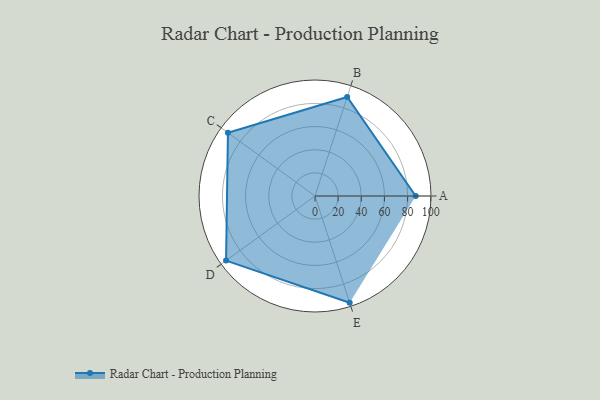
{"axis": {"x": "Skill", "y": "Score"}, "legend": ["Profile"], "data": [{"x": "A", "y": 87.0, "type": "Profile"}, {"x": "B", "y": 90.0, "type": "Profile"}, {"x": "C", "y": 93.0, "type": "Profile"}, {"x": "D", "y": 95.0, "type": "Profile"}, {"x": "E", "y": 97.0, "type": "Profile"}]}